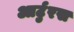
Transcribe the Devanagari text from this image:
आर्टुरस